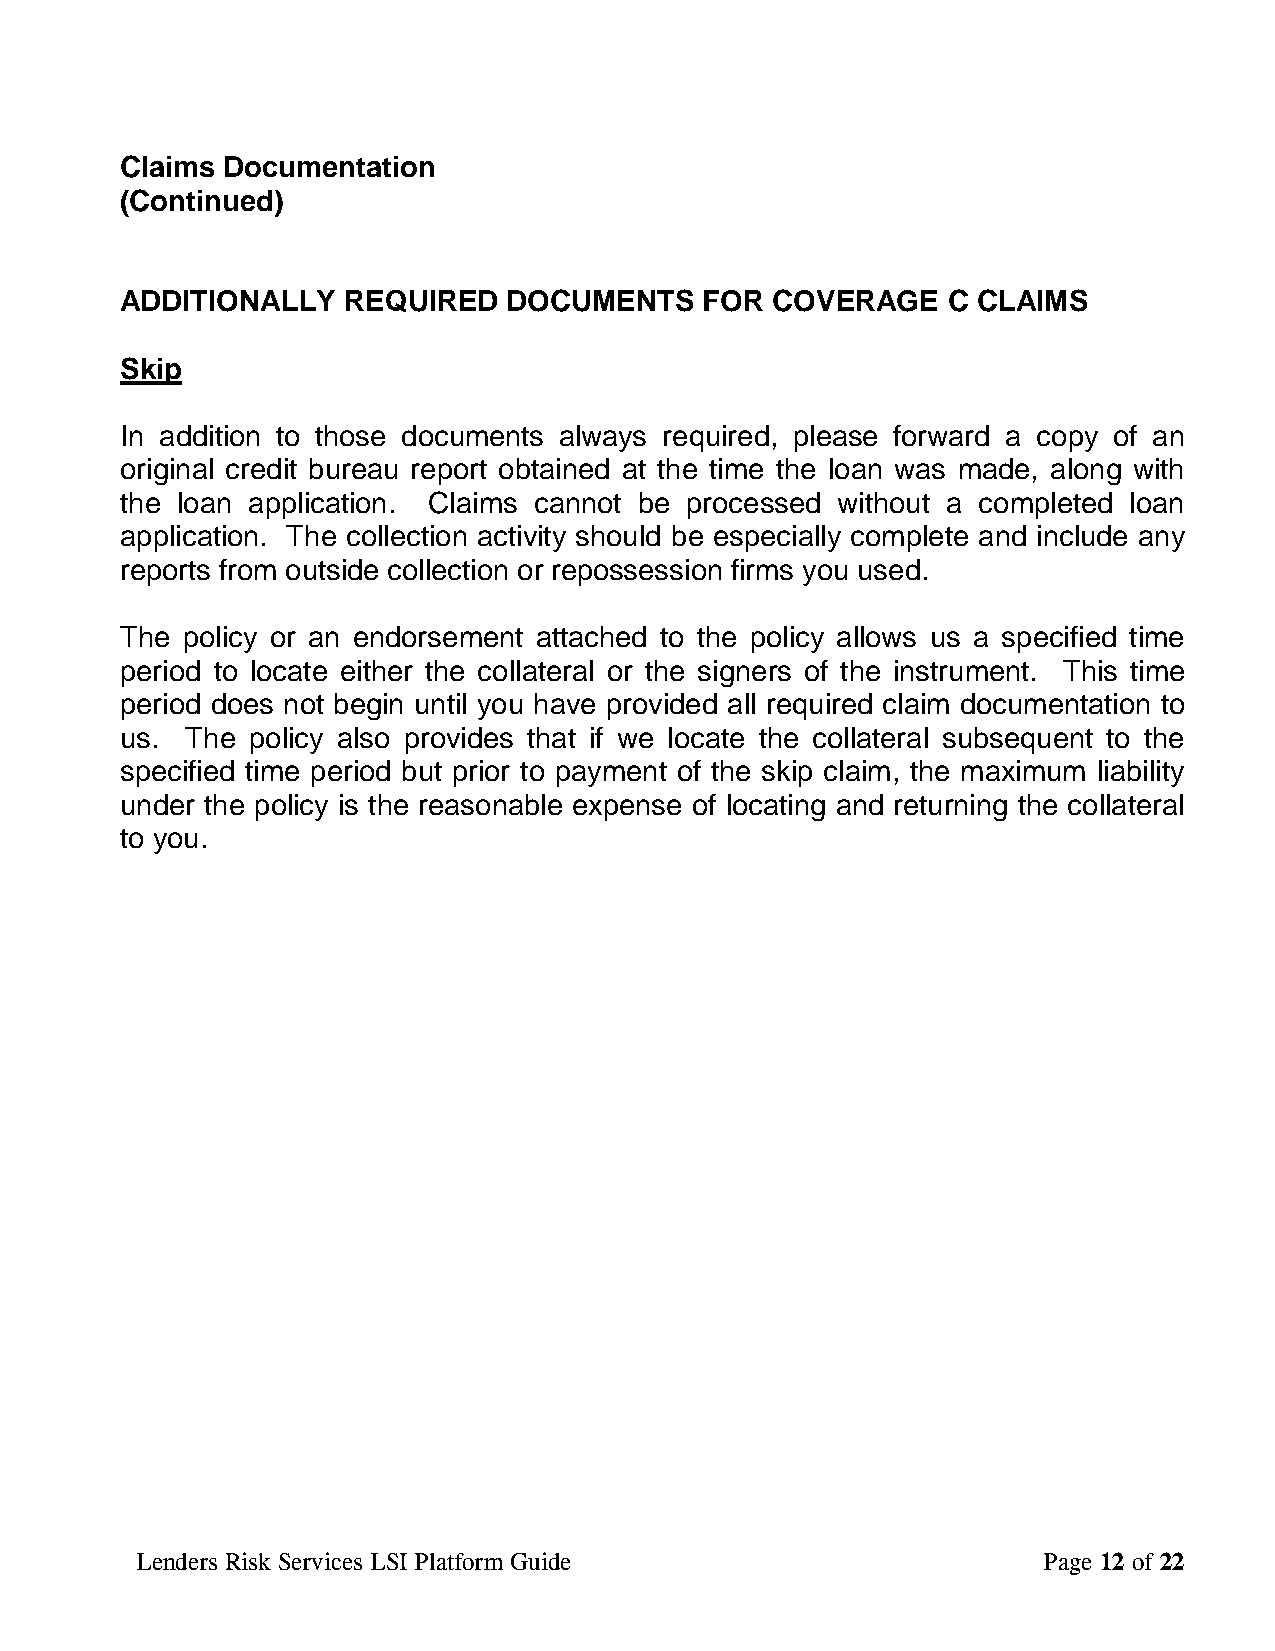
Claims Documentation
 (Continued)
 ADDITIONALLY   REQUIRED   DOCUMENTS    FOR COVERAGE    C CLAIMS
 Skip
 In addition to those documents always required, please forward a copy of an
 original credit bureau report obtained at the time the loan was made, along with
 the loan application. Claims cannot be processed without a completed loan
 application. The collection activity should be especially complete and include any
 reports from outside collection or repossession firms you used.
 The policy or an endorsement attached to the policy allows us a specified time
 period to locate either the collateral or the signers of the instrument. This time
 period does not begin until you have provided all required claim documentation to
 us. The policy also provides that if we locate the collateral subsequent to the
 specified time period but prior to payment of the skip claim, the maximum liability
 under the policy is the reasonable expense of locating and returning the collateral
 to you.
 Lenders Risk Services LSI Platform Guide                    Page 12 of 22